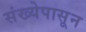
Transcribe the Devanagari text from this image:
संख्येपासून